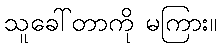
သူခေါ်တာကို မကြား။